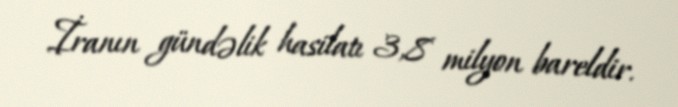
İranın gündəlik hasilatı 3,8 milyon bareldir.